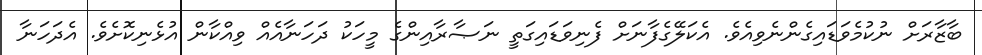
ބާޒާރަށް ނުކުމެވަޑައިގެންނެވިއެވެ. އެކަލޭގެފާނަށް ފެނިވަޑައިގަތީ ނަޞާރާއިންގެ މީހަކު ދަހަނާއެއް ވިއްކާން އުޅެނިކޮށެވެ. އެދަހަނާ